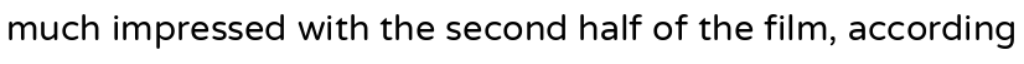
much impressed with the second half of the film, according